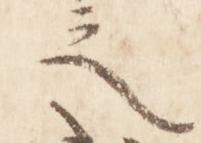
之